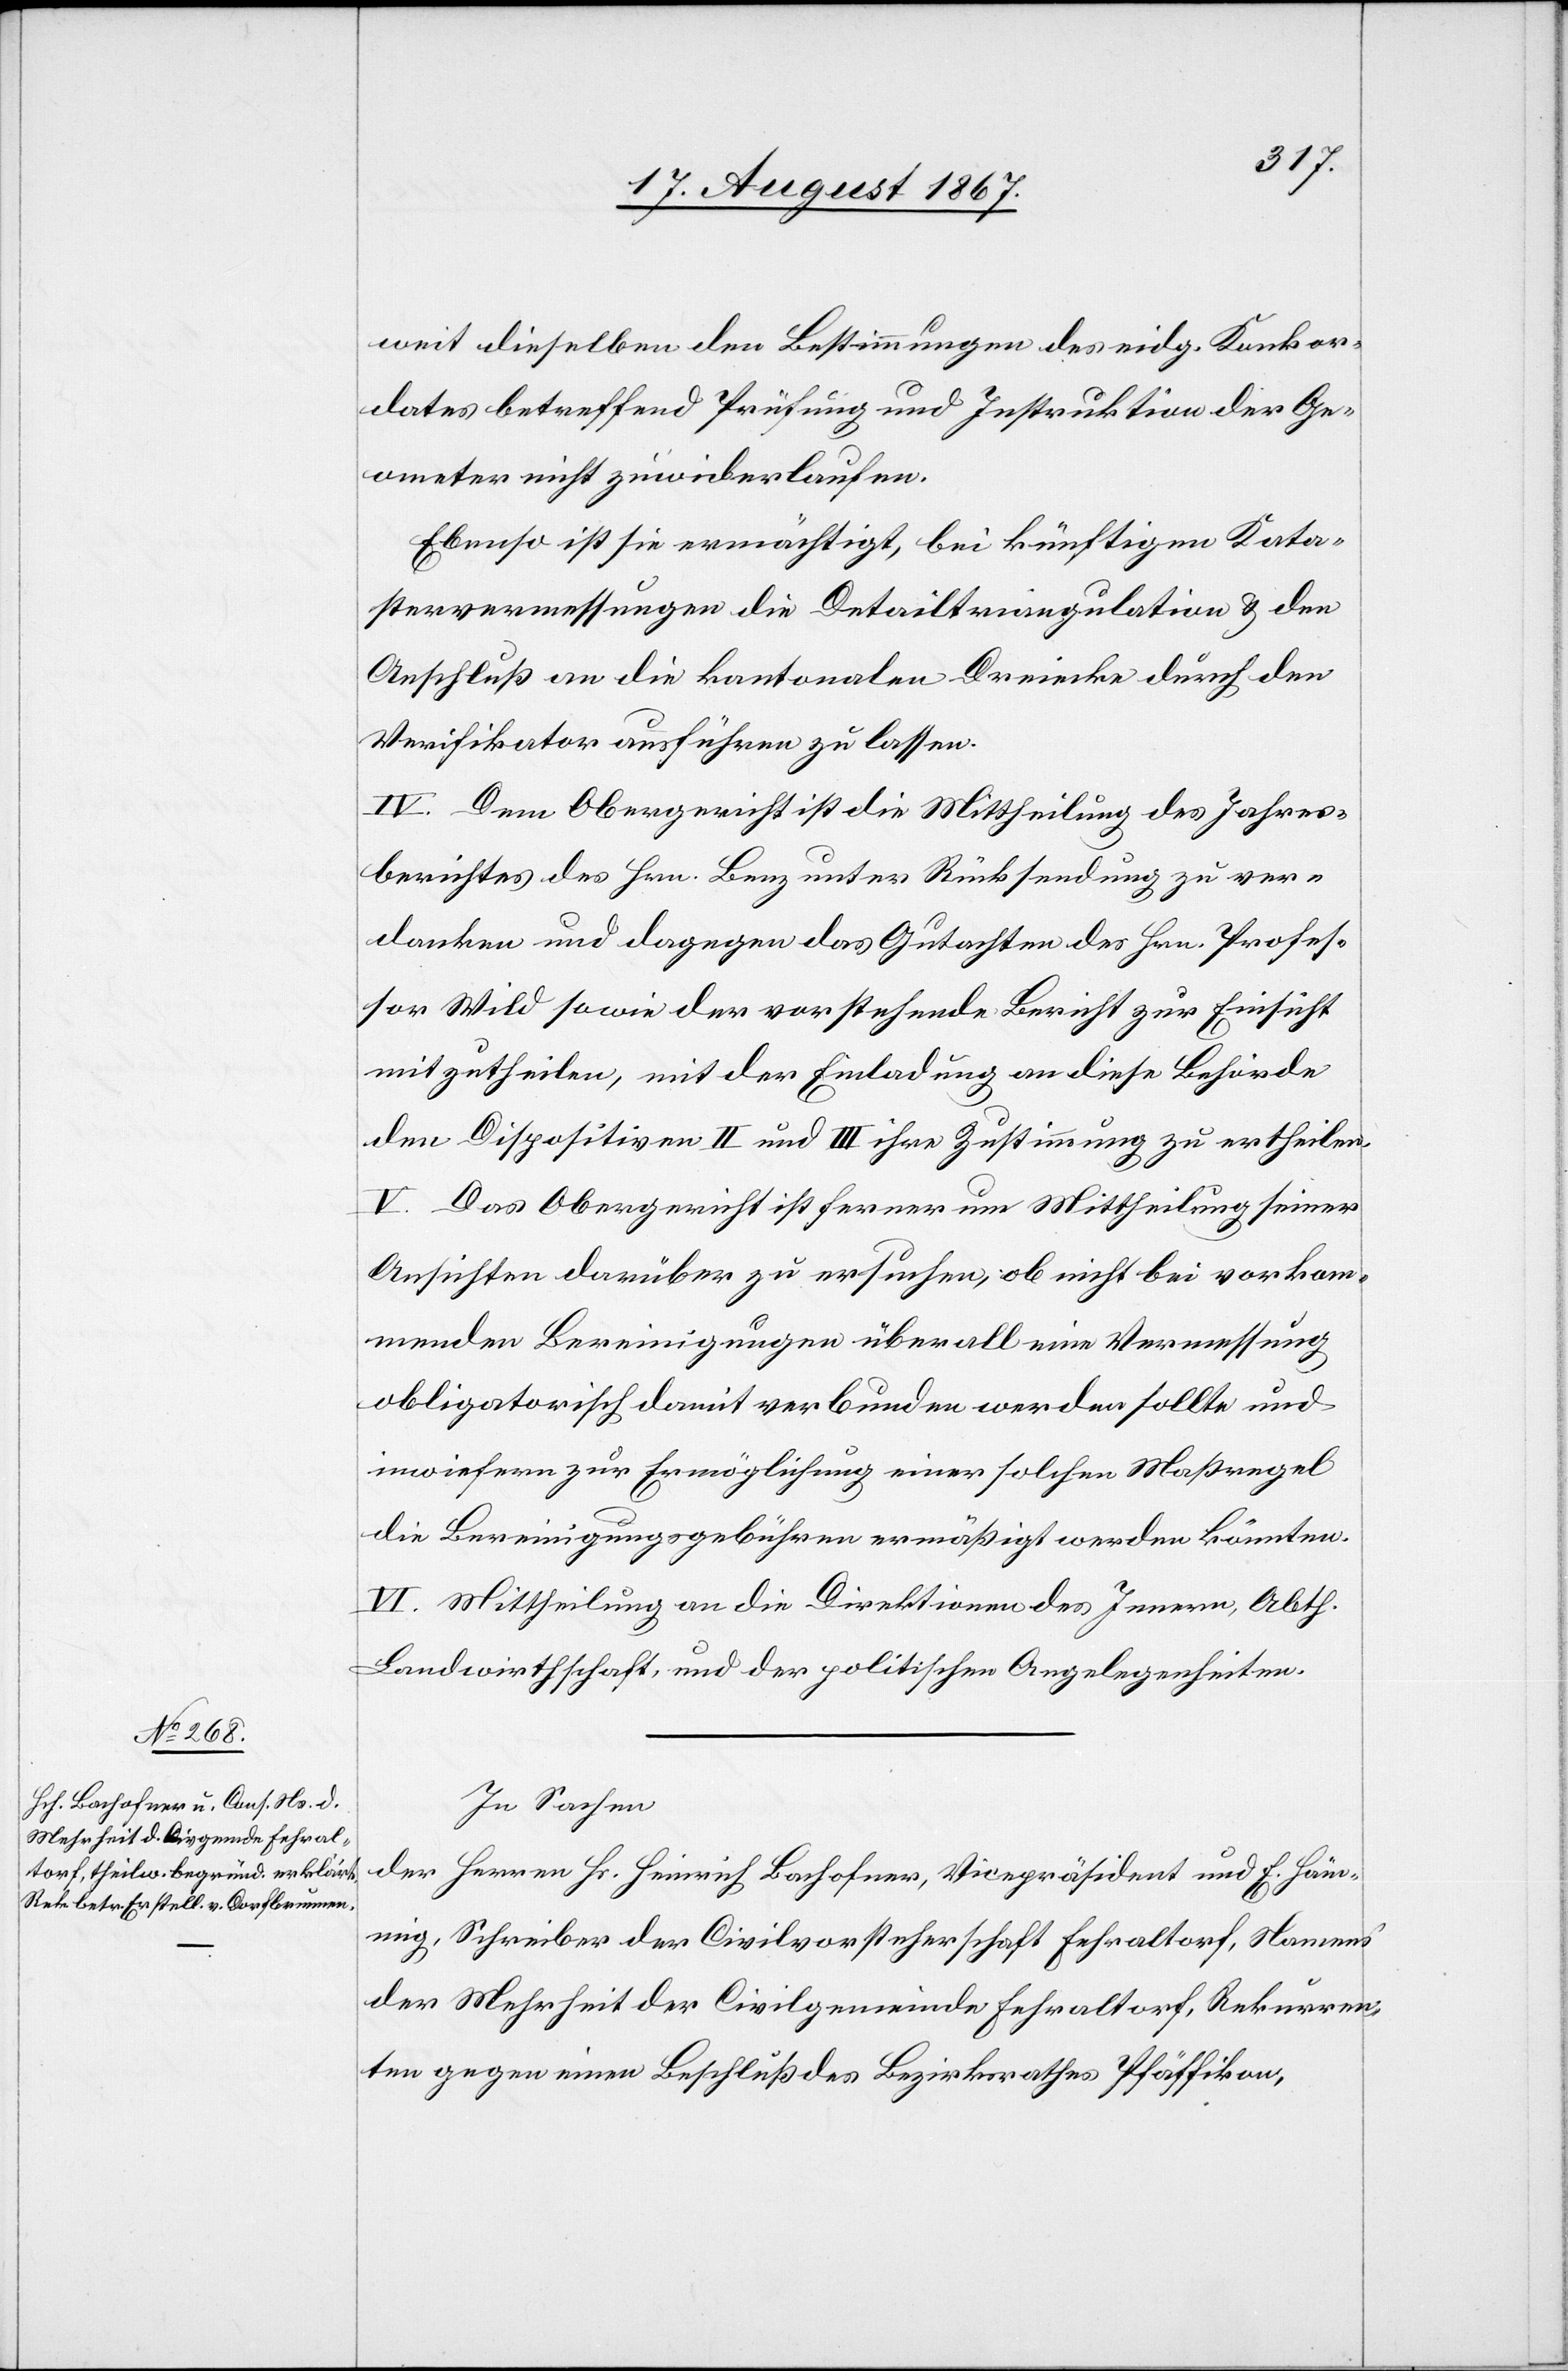
weit dieselben den Bestimmungen des eidg. Konkor¬
dates betreffend Prüfung und Instruktion der Ge¬
ometer nicht zuwiderlaufen.
Ebenso ist sie ermächtigt, bei künftigen Kata¬
stervermessungen die Detailtriangulation u. den
Anschluß an die kantonalen Dreiecke durch den
Verifikator ausführen zu lassen.
IV. Dem Obergericht ist die Mittheilung des Jahres¬
berichtes des Hrn. Benz unter Rücksendung zu ver¬
danken und dagegen das Gutachten des Hrn. Profes¬
sor Wild sowie der vorstehende Bericht zur Einsicht
mitzutheilen, mit der Einladung an diese Behörde,
den Dispositiven II und III ihre Zustimmung zu ertheilen.
V. Das Obergericht ist ferner um Mittheilung seiner
Ansichten darüber zu ersuchen, ob nicht bei vorkom¬
menden Bereinigungen überall eine Vermessung
obligatorisch damit verbunden werden sollte und
inwiefern zur Ermöglichung einer solchen Maßregel
die Bereinigungsgebühren ermäßigt werden könnten.
VI. Mittheilung an die Direktion des Innern, Atbh.
Landwirthschaft, und der politischen Angelegenheiten.
In Sachen
der Herren Hs. Heinrich Bachofner, Vicepräsidenten und E. Häm¬
mig, Schreiber der Civilvorsteherschaft Fehraltorf, Namens
der Mehrheit der Civilgemeinde Fehraltorf, Rekurren¬
ten gegen einen Beschluß des Bezirksrathes Pfäffikon,